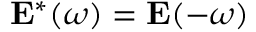
\mathbf { E } ^ { * } ( \omega ) = \mathbf { E } ( - \omega )